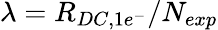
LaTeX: \lambda=R_{DC,1e^{-}}/N_{exp}